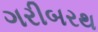
ગરીબરથ